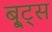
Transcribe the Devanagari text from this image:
बू्ट्स